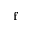
\mathbf { f }